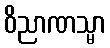
ဝိညာဏသ္မာ